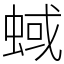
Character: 蜮